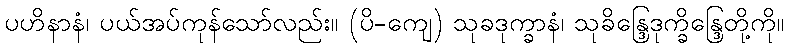
ပဟိနာနံ၊ ပယ်အပ်ကုန်သော်လည်း။ (ပိ-ကျေ) သုခဒုက္ခာနံ၊ သုခိန္ဒြေဒုက္ခိန္ဒြေတို့ကို။